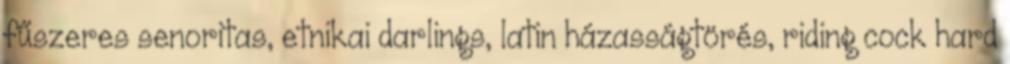
fűszeres senoritas, etnikai darlings, latin házasságtörés, riding cock hard